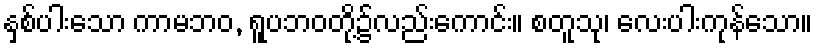
နှစ်ပါးသော ကာမဘဝ, ရူပဘဝတို့၌လည်းကောင်း။ စတူသု၊ လေးပါးကုန်သော။